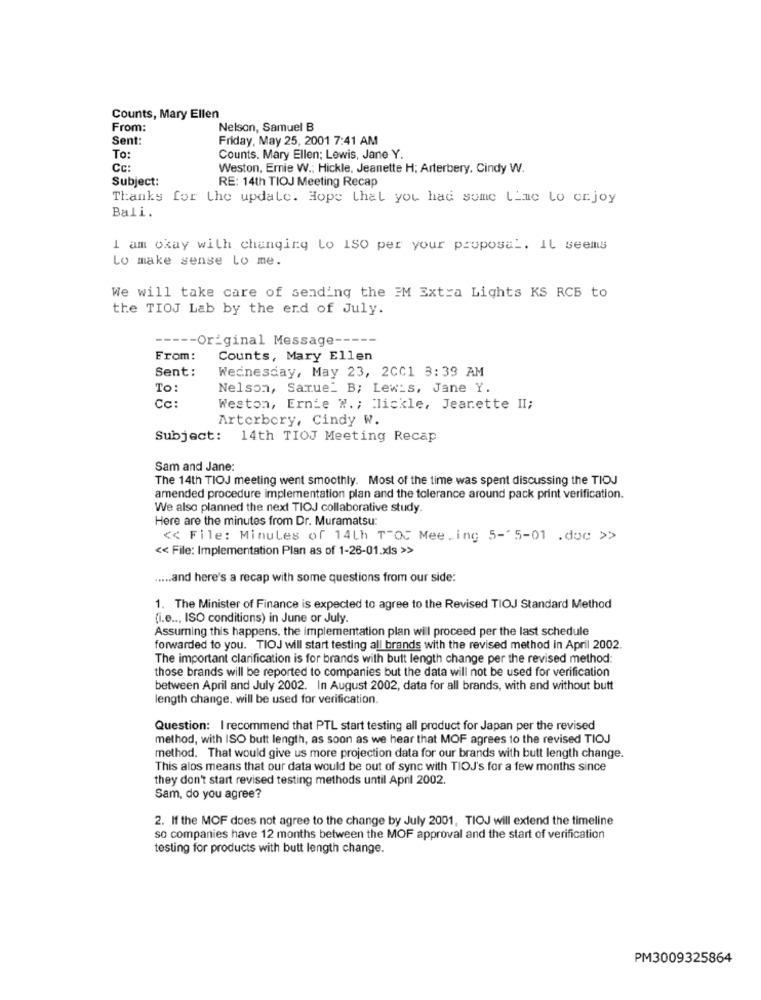
Counts, Mary Ellen
From:
Nelson, Samuel B
Sent:
Friday, May 25, 2001 7:41 AM
To:
Counts. Mary Ellen; Lewis, Jane Y.
Cc:
Weston, Ernie W .; Hickle, Jeanette H; Arterbery, Cindy W.
Subject:
RE: 14th TIOJ Meeting Recap
Thanks for the update. Hope that you had some Lime lo crjoy
Bali.
I am okay with changing Lo ISO per your proposal. IL seems
Lo make sense lo me.
We will take care of sending the EM Extra Lights KS RCB to
the TIOJ Lab by the end of July.
----- Original Message ---
From:
Counts, Mary Ellen
Sent:
Wednesday, May 23, 2CC1 3:39 AM
To:
Nelson, Sarue_ B; Lewis, Jane Y.
Cc:
Weston, Ernie W .; lickle, Jeanette II;
Arterbory, Cindy W.
Subject: 14th TIOJ Meeting Recap
Sam and Jane:
The 14th TIOJ meeting went smoothly. Most of the time was spent discussing the TIOJ
amended procedure implementation plan and the tolerance around pack print verification.
We also planned the next TIOJ collaborative study.
Here are the minutes from Dr. Muramatsu:
<< File: Minules of 14Lh T-OG Mee.ing 5-'5-01 .doc >>
<< File: Implementation Plan as of 1-26-01.xls >>
..... and here's a recap with some questions from our side:
1. The Minister of Finance is expected to agree to the Revised TIOJ Standard Method
(i.e .., ISO conditions) in June or July
Assuming this happens. the implementation plan will proceed per the last schedule
forwarded to you. TIOJ will start testing all brands with the revised method in April 2002.
The important clarification is for brands with butt length change per the revised method:
those brands will be reported to companies but the data will not be used for verification
between April and July 2002. In August 2002, data for all brands, with and without butt
length change, will be used for verification.
Question: I recommend that PTL start testing all product for Japan per the revised
method, with ISO butt length, as soon as we hear that MOF agrees to the revised TIOJ
method. That would give us more projection data for our brands with butt length change.
This alos means that our data would be out of sync with TIOJ's for a few months since
they don't start revised testing methods until April 2002.
Sam, do you agree?
2. If the MOF does not agree to the change by July 2001, TIOJ will extend the timeline
so companies have 12 months between the MOF approval and the start of verification
testing for products with butt length change.
PM3009325864